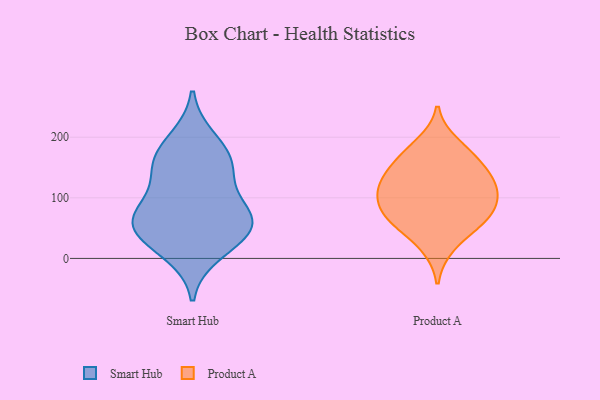
{"axis": {"x": "Net Income (USD K)", "y": "Value"}, "legend": ["Product A", "Smart Hub"], "data": [{"x": "", "y": 161, "type": "Smart Hub"}, {"x": "", "y": 41, "type": "Smart Hub"}, {"x": "", "y": 10, "type": "Smart Hub"}, {"x": "", "y": 157, "type": "Smart Hub"}, {"x": "", "y": 79, "type": "Smart Hub"}, {"x": "", "y": 196, "type": "Smart Hub"}, {"x": "", "y": 46, "type": "Smart Hub"}, {"x": "", "y": 60, "type": "Smart Hub"}, {"x": "", "y": 88, "type": "Smart Hub"}, {"x": "", "y": 56, "type": "Smart Hub"}, {"x": "", "y": 146, "type": "Smart Hub"}, {"x": "", "y": 93, "type": "Product A"}, {"x": "", "y": 19, "type": "Product A"}, {"x": "", "y": 63, "type": "Product A"}, {"x": "", "y": 78, "type": "Product A"}, {"x": "", "y": 63, "type": "Product A"}, {"x": "", "y": 112, "type": "Product A"}, {"x": "", "y": 190, "type": "Product A"}, {"x": "", "y": 118, "type": "Product A"}, {"x": "", "y": 141, "type": "Product A"}, {"x": "", "y": 131, "type": "Product A"}, {"x": "", "y": 59, "type": "Product A"}, {"x": "", "y": 165, "type": "Product A"}, {"x": "", "y": 108, "type": "Product A"}, {"x": "", "y": 165, "type": "Product A"}]}